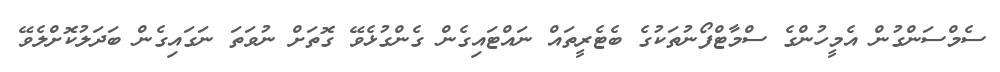
ސެމްސަންގުން އެމީހުންގެ ސްމާޓްފޯނުތަކުގެ ބެޓެރީތައް ނައްޓައިގެން ގެންގުޅެވޭ ގޮތަށް ނުވަތަ ނަގައިގެން ބަދަލުކޮށްލެވޭ